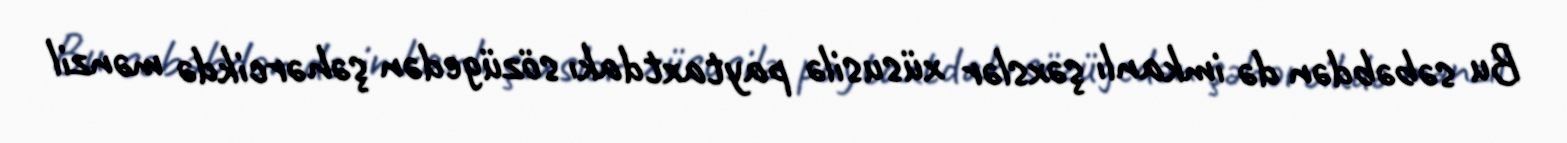
Bu səbəbdən də imkanlı şəxslər xüsusilə paytaxtdakı sözügedən şəhərcikdə mənzil